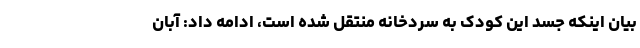
بیان اینکه جسد این کودک به سردخانه منتقل شده است، ادامه داد: آبان